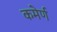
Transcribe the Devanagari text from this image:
कमेर्ण